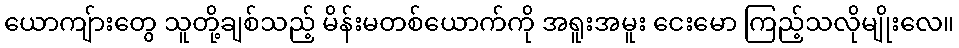
ယောကျ်ားတွေ သူတို့ချစ်သည့် မိန်းမတစ်ယောက်ကို အရူးအမူး ငေးမော ကြည့်သလိုမျိုးလေ။